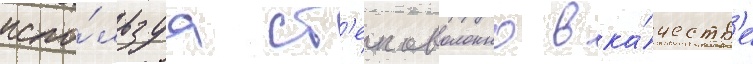
испо́льзуа ст'екловолокно в ка́честв'е